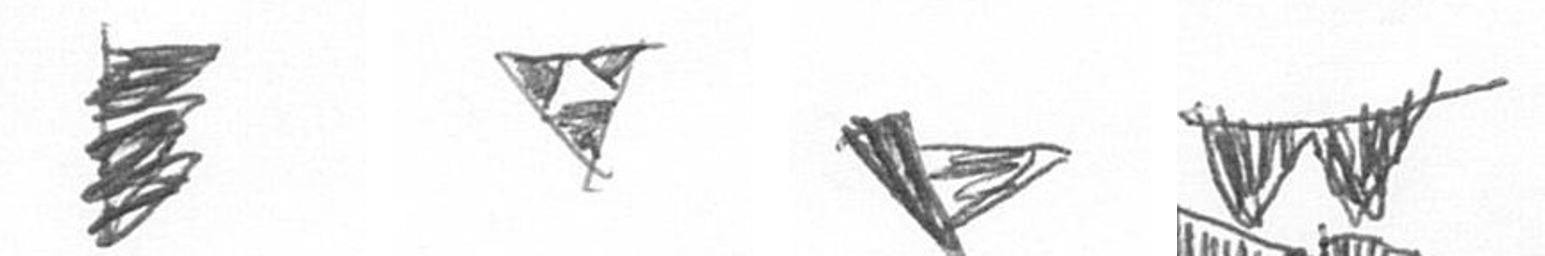
H S F B